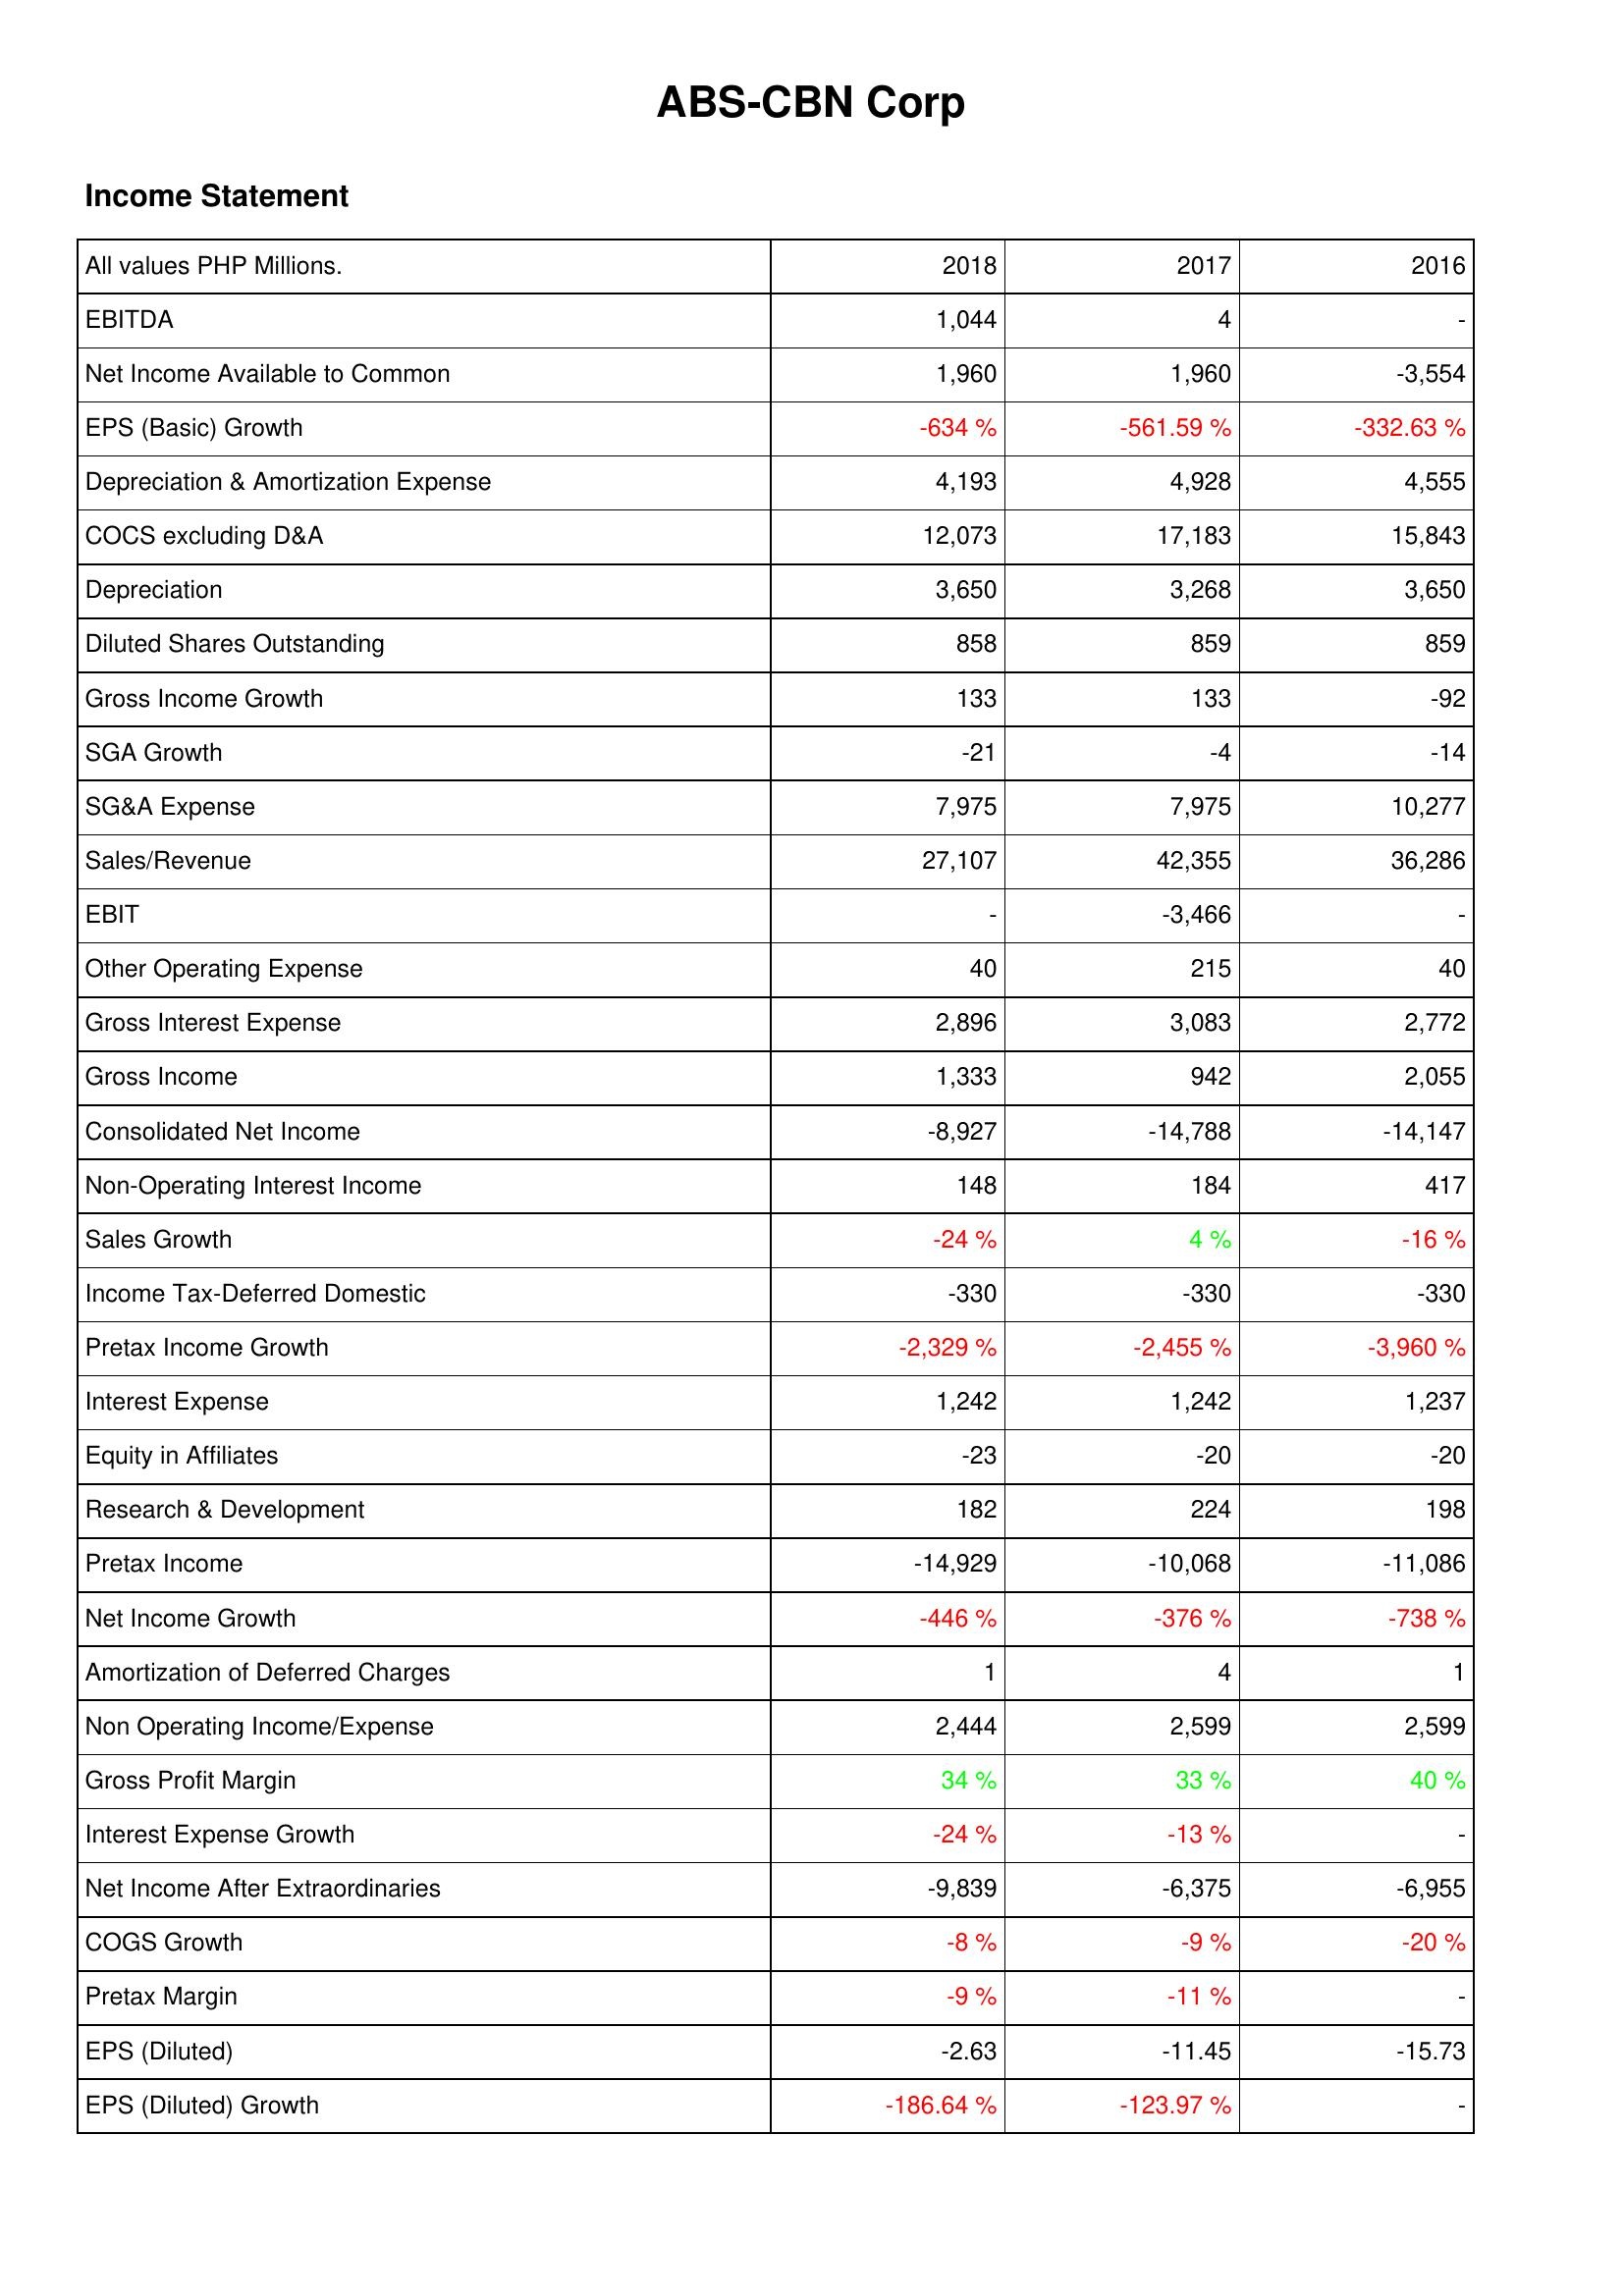
2018: Income Statement: EBITDA: 1,044
Net Income Available to Common: 1,960
EPS (Basic) Growth: -634 %
Depreciation & Amortization Expense: 4,193
COCS excluding D&A: 12,073
Depreciation: 3,650
Diluted Shares Outstanding: 858
Gross Income Growth: 133
SGA Growth: -21
SG&A Expense: 7,975
Sales/Revenue: 27,107
EBIT: -
Other Operating Expense: 40
Gross Interest Expense: 2,896
Gross Income: 1,333
Consolidated Net Income: -8,927
Non-Operating Interest Income: 148
Sales Growth: -24 %
Income Tax-Deferred Domestic: -330
Pretax Income Growth: -2,329 %
Interest Expense: 1,242
Equity in Affiliates: -23
Research & Development: 182
Pretax Income: -14,929
Net Income Growth: -446 %
Amortization of Deferred Charges: 1
Non Operating Income/Expense: 2,444
Gross Profit Margin: 34 %
Interest Expense Growth: -24 %
Net Income After Extraordinaries: -9,839
COGS Growth: -8 %
Pretax Margin: -9 %
EPS (Diluted): -2.63
EPS (Diluted) Growth: -186.64 %
2017: Income Statement: EBITDA: 4
Net Income Available to Common: 1,960
EPS (Basic) Growth: -561.59 %
Depreciation & Amortization Expense: 4,928
COCS excluding D&A: 17,183
Depreciation: 3,268
Diluted Shares Outstanding: 859
Gross Income Growth: 133
SGA Growth: -4
SG&A Expense: 7,975
Sales/Revenue: 42,355
EBIT: -3,466
Other Operating Expense: 215
Gross Interest Expense: 3,083
Gross Income: 942
Consolidated Net Income: -14,788
Non-Operating Interest Income: 184
Sales Growth: 4 %
Income Tax-Deferred Domestic: -330
Pretax Income Growth: -2,455 %
Interest Expense: 1,242
Equity in Affiliates: -20
Research & Development: 224
Pretax Income: -10,068
Net Income Growth: -376 %
Amortization of Deferred Charges: 4
Non Operating Income/Expense: 2,599
Gross Profit Margin: 33 %
Interest Expense Growth: -13 %
Net Income After Extraordinaries: -6,375
COGS Growth: -9 %
Pretax Margin: -11 %
EPS (Diluted): -11.45
EPS (Diluted) Growth: -123.97 %
2016: Income Statement: EBITDA: -
Net Income Available to Common: -3,554
EPS (Basic) Growth: -332.63 %
Depreciation & Amortization Expense: 4,555
COCS excluding D&A: 15,843
Depreciation: 3,650
Diluted Shares Outstanding: 859
Gross Income Growth: -92
SGA Growth: -14
SG&A Expense: 10,277
Sales/Revenue: 36,286
EBIT: -
Other Operating Expense: 40
Gross Interest Expense: 2,772
Gross Income: 2,055
Consolidated Net Income: -14,147
Non-Operating Interest Income: 417
Sales Growth: -16 %
Income Tax-Deferred Domestic: -330
Pretax Income Growth: -3,960 %
Interest Expense: 1,237
Equity in Affiliates: -20
Research & Development: 198
Pretax Income: -11,086
Net Income Growth: -738 %
Amortization of Deferred Charges: 1
Non Operating Income/Expense: 2,599
Gross Profit Margin: 40 %
Interest Expense Growth: -
Net Income After Extraordinaries: -6,955
COGS Growth: -20 %
Pretax Margin: -
EPS (Diluted): -15.73
EPS (Diluted) Growth: -